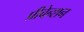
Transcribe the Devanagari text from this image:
प्रीवेन्शन